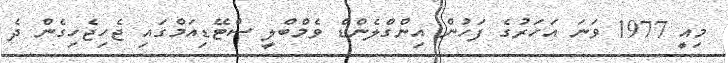
މިއީ 1977 ވަނަ އަހަރުގެ ފަހުން އިންގްލެންޑް ވެމްބްލީ ސްޓޭޑިއަމްގައި ޖެހިޖެހިގެން ދެ